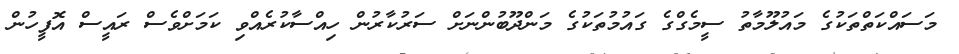
މަސައްކަތްތަކުގެ މައުލޫމާތު ސީމެގްގެ ގައުމުތަކުގެ މަންދޫބުންނަށް ސަރުކާރުން ހިއްސާކުރެއްވި ކަމަށްވެސް ރައީސް އޮފީހުން